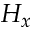
H _ { x }